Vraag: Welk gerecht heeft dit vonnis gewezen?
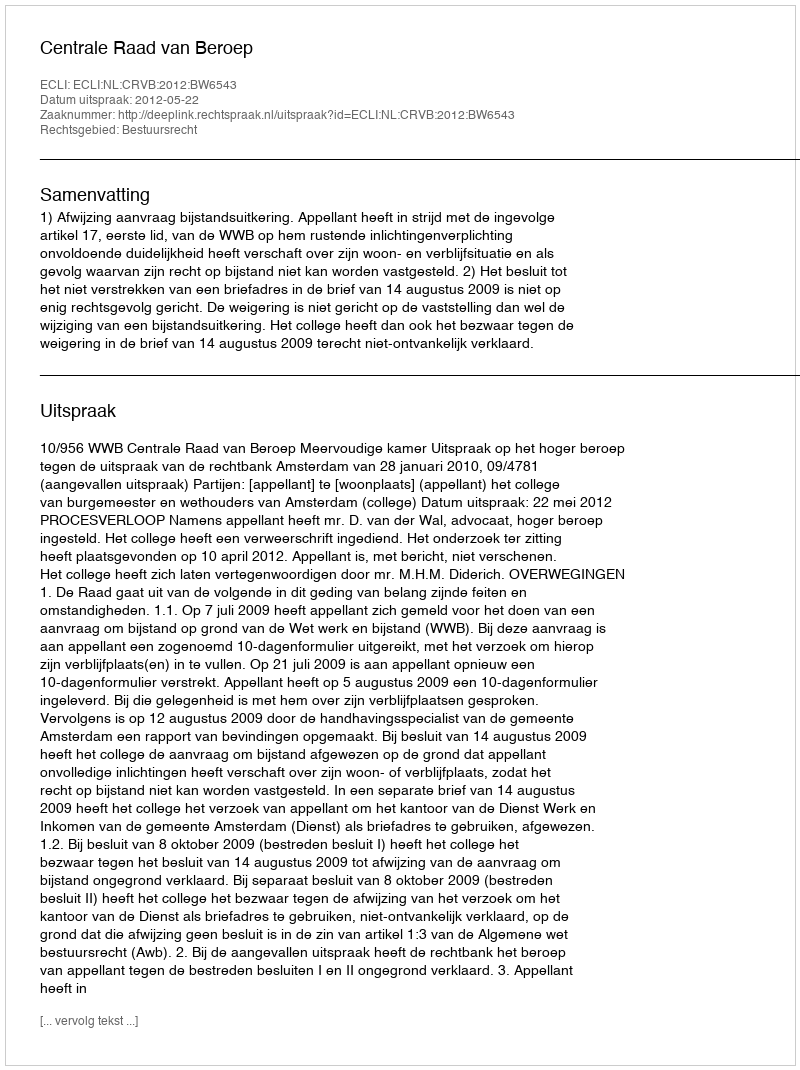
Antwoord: Centrale Raad van Beroep